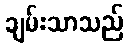
ချမ်းသာသည်